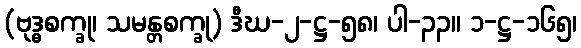
(ဗုဒ္ဓစက္ခု၊ သမန္တစက္ခု) ဒီဃ-၂-ဋ္ဌ-၅၈၊ ပါ-၃၃။ ၁-ဋ္ဌ-၁၆၅၊